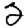
Digit: 2